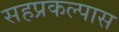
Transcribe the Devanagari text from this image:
सहप्रकल्पास